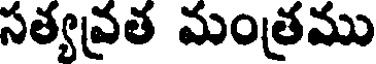
సత్యవ్రత మంత్రము